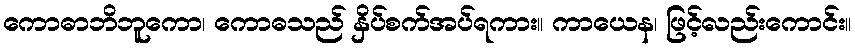
ကောဓာဘိဘူကော၊ ကောဓသည် နှိပ်စက်အပ်ရကား။ ကာယေန၊ ဖြင့်လည်းကောင်း။